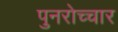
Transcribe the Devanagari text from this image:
पुनरोच्चार